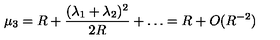
\mu _ { 3 } = R + \frac { ( \lambda _ { 1 } + \lambda _ { 2 } ) ^ { 2 } } { 2 R } + \ldots = R + O ( R ^ { - 2 } )